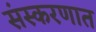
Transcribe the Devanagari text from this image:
संस्करणात